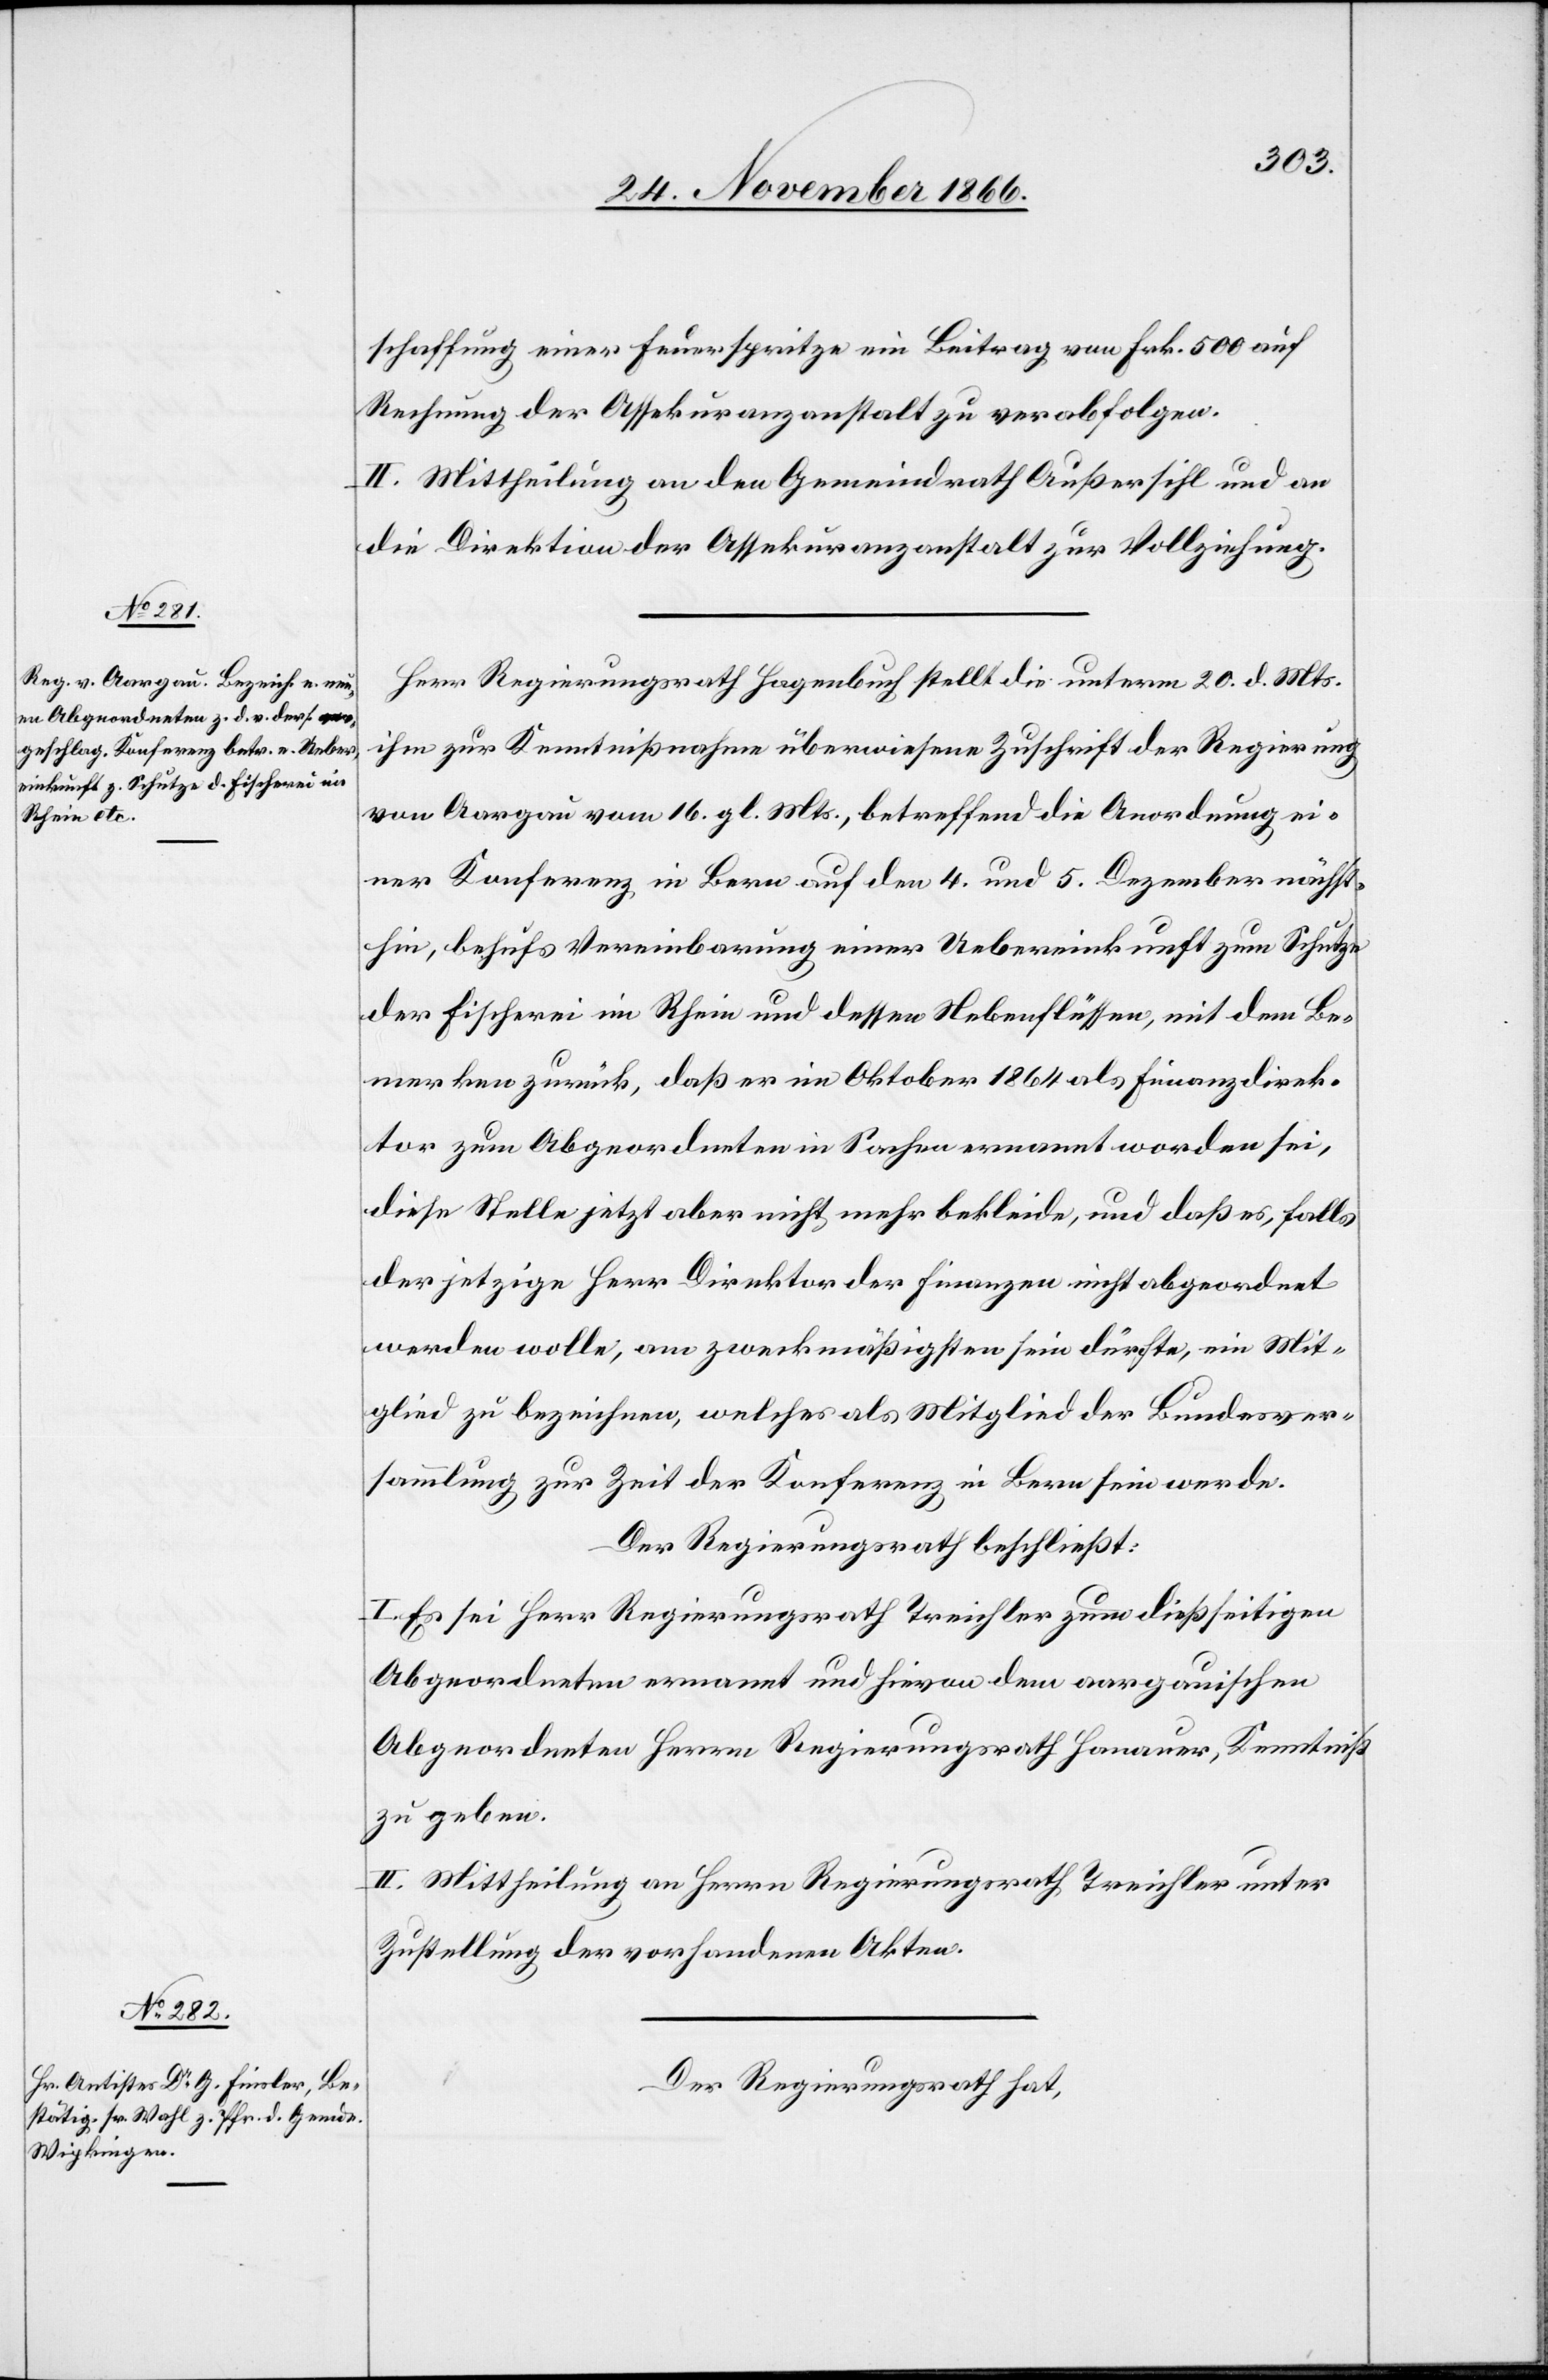
schaffung einer Feuerspritze ein Beitrag von Frk. 500 auf
Rechnung der Assekuranzanstalt zu verabfolgen.
II. Mittheilung an den Gemeindrath Außersihl und an
die Direktion der Assekuranzanstalt zur Vollziehung.
Herr Regierungsrath Hagenbuch stellt die unterm 20. d. Mts.
ihm zur Kenntnißnahme überwiesene Zuschrift der Regierung
von Aargau vom 16. gl. Mts., betreffend die Anordnung ei¬
ner Konferenz in Bern auf den 4. und 5. Dezember nächst¬
hin, behufs Vereinbarung einer Uebereinkunft zum Schutze
der Fischerei im Rhein und dessen Nebenflüssen, mit dem Be¬
merken zurück, daß er im Oktober 1864 als Finanzdirek¬
tor zum Abgeordneten in Sachen ernannt worden sei,
diese Stelle jetzt aber nicht mehr bekleide, und daß es, falls
der jetzige Herr Direktor der Finanzen nicht abgeordnet
werden wolle, am zweckmäßigsten sein dürfte, ein Mit¬
glied zu bezeichnen, welches als Mitglied der Bundesver¬
sammlung zur Zeit der Konferenz in Bern sein werde.
Der Regierungsrath beschließt:
I. Es sei Herr Regierungsrath Treichler zum dießseitigen
Abgeordneten ernannt und hievon dem aargauischen
Abgeordneten Herrn Regierungsrath Hanauer, Kenntniß
zu geben.
II. Mittheilung an Herrn Regierungsrath Treichler unter
Zustellung der vorhandenen Akten.
Der Regierungsrath hat,